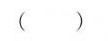
( )